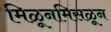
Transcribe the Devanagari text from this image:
मिळूनमिसळून